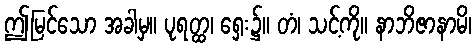
ဤမြင်သော အခါမှ။ ပုရတ္ထ၊ ရှေး၌။ တံ၊ သင့်ကို။ နာဘိဇာနာမိ၊